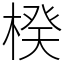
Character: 楑